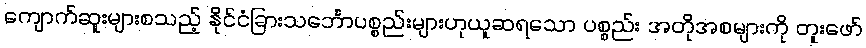
ကျောက်ဆူးများစသည့် နိုင်ငံခြားသင်္ဘောပစ္စည်းများဟုယူဆရသော ပစ္စည်း အတိုအစများကို တူးဖော်